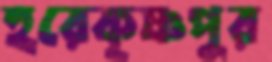
হরেকৃষ্ণপুর